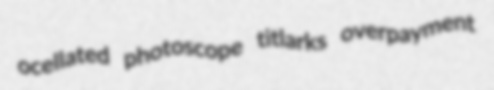
ocellated photoscope titlarks overpayment